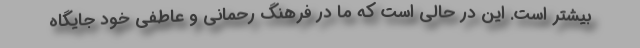
بيشتر است. اين در حالي است كه ما در فرهنگ رحماني و عاطفي خود جايگاه